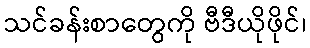
သင်ခန်းစာတွေကို ဗီဒီယိုဖိုင်၊